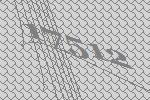
17512